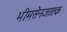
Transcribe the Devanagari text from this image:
भीमसेनजातक